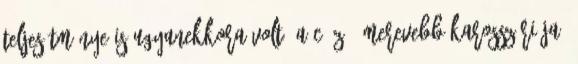
teljesítménye is ugyanekkora volt, a C5 Z06 merevebb karosszériája,